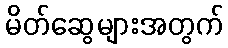
မိတ်ဆွေများအတွက်